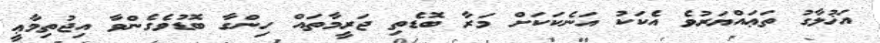
އަޚުލާގު ތަޢައްޔަރުވެ އެކަކު އަނެކަކަށް މަރާ ބޮޑެތި ޖަރީމާތައް ހިންގާ ބޮޑުވެގެންވާ އިޖުތިމާޢީ